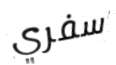
سفري